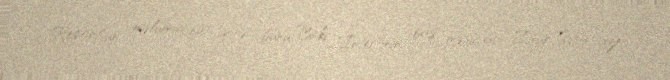
Report"un məlumatına görə, bunu Bakı "İnter"inin baş məşqçisi Zaur Svanadze